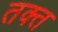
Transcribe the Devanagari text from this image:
तक्त